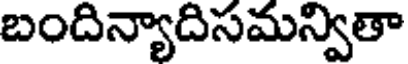
బందిన్యాదిసమన్వితా